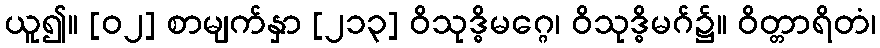
ယူ၍။ [၀၂] စာမျက်နှာ [၂၁၃] ဝိသုဒ္ဓိမဂ္ဂေ၊ ဝိသုဒ္ဓိမဂ်၌။ ဝိတ္တာရိတံ၊